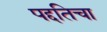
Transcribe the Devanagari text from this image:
पद्दतिचा